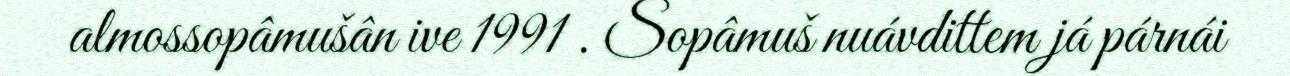
almossopâmušân ive 1991 . Sopâmuš nuávdittem já párnái